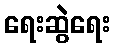
ရေးဆွဲရေး